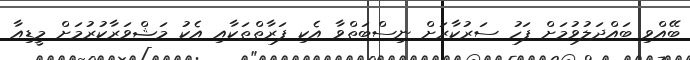
ބޭއްވި ބައްދަލުވުމަށް ފަހު ސަރުކާރަށް ނިސްބަތްވާ އެކި ފަރާތްތަކާއި އެކު މަޝްވަރާކުރުމަށް މީޑިއާ